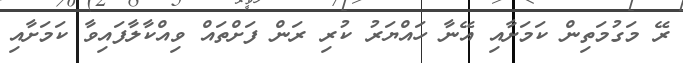
ރޭ މަގުމަތިން ކަމަށާއި އޭނާ ހައްޔަރު ކުރި ރަން ފަށްތައް ވިއްކާލާފައިވާ ކަމަށާއި